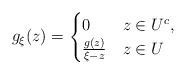
LaTeX: \begin{align*}g_\xi(z) = \begin{cases}0 & z\in U^c,\\\frac{g(z)}{\xi -z} & z\in U\end{cases}\end{align*}